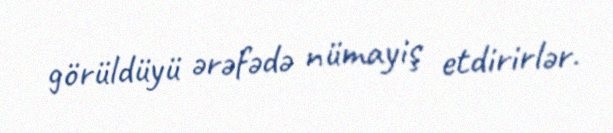
görüldüyü ərəfədə nümayiş etdirirlər.